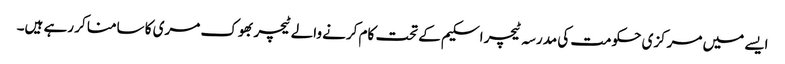
ایسے میں مرکزی حکومت کی مدرسہ ٹیچر اسکیم کے تحت کام کرنے والے ٹیچر بھوک مری کا سامنا کر رہے ہیں۔